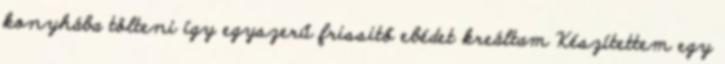
konyhába tölteni így egyszerű frissitő ebédet kreáltam Készítettem egy